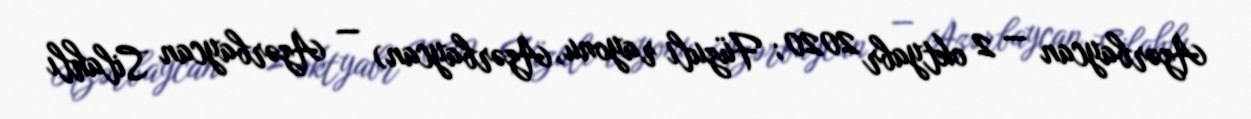
Azərbaycan — 2 oktyabr 2020; Füzuli rayonu, Azərbaycan) — Azərbaycan Silahlı